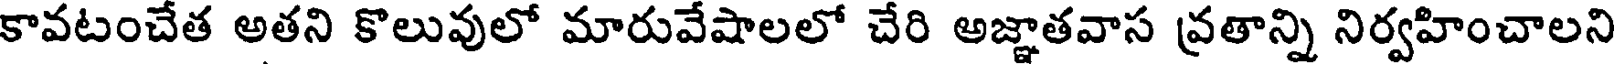
కావటంచేత అతని కొలువులో మారువేషాలలో చేరి అజ్ఞాతవాస వ్రతాన్ని నిర్వహించాలని